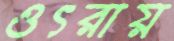
ওৎরায়